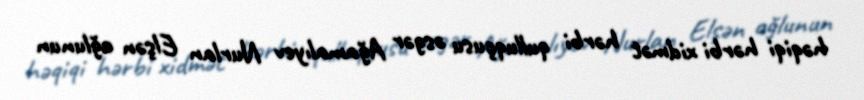
həqiqi hərbi xidmət hərbi qulluqçusu əsgər Ağamalıyev Nurlan Elşən oğlunun